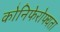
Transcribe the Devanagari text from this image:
कोनिफेरोफ्यता